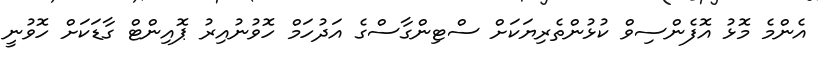
އެންމެ މޮޅު އޮފެންސިވް ކުޅުންތެރިޔަކަށް ސްޓިންގާސްގެ އަދުހަމް ހޮވުނުއިރު ޕޮއިންޓް ގާޑަކަށް ހޮވުނީ